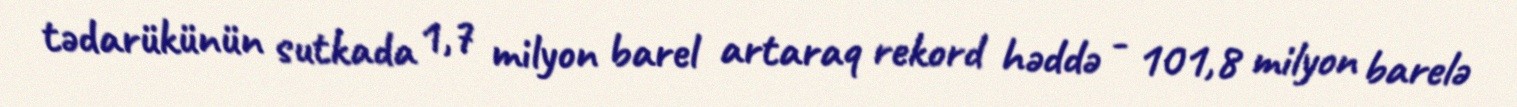
tədarükünün sutkada 1,7 milyon barel artaraq rekord həddə - 101,8 milyon barelə